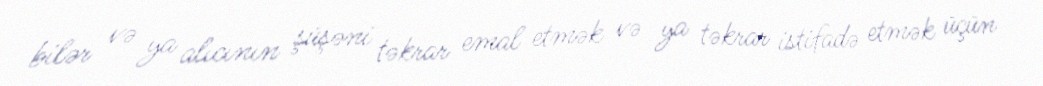
bilər və ya alıcının şüşəni təkrar emal etmək və ya təkrar istifadə etmək üçün